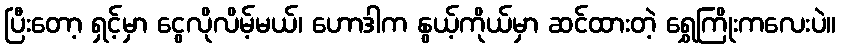
ပြီးတော့ ရှင့်မှာ ငွေလိုလိမ့်မယ်၊ ဟောဒါက နွယ့်ကိုယ်မှာ ဆင်ထားတဲ့ ရွှေကြိုးကလေးပဲ။